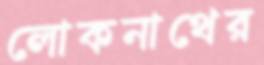
লোকনাথের